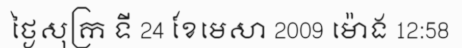
ថ្ងៃសុក្រ ទី 24 ខែមេសា 2009 ម៉ោង 12:58